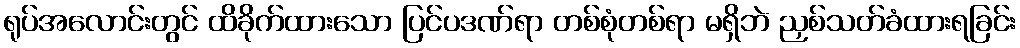
ရုပ်အလောင်းတွင် ထိခိုက်ထားသော ပြင်ပဒဏ်ရာ တစ်စုံတစ်ရာ မရှိဘဲ ညှစ်သတ်ခံထားရခြင်း